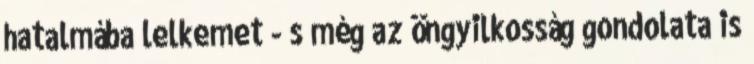
hatalmába lelkemet - s még az öngyilkosság gondolata is